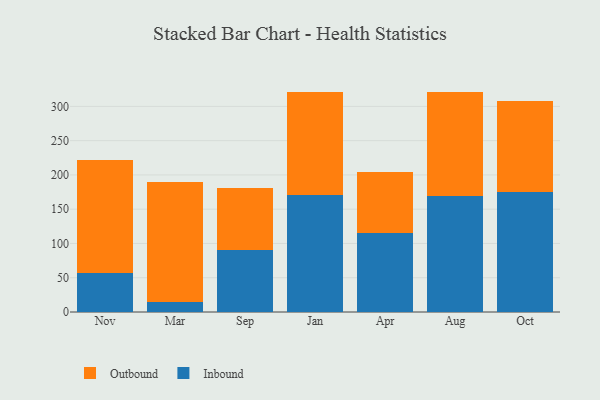
{"axis": {"x": "Month", "y": "Market Share (%)"}, "legend": ["Inbound", "Outbound"], "data": [{"x": "Nov", "y": 57.2, "type": "Inbound"}, {"x": "Nov", "y": 164.7, "type": "Outbound"}, {"x": "Mar", "y": 14.0, "type": "Inbound"}, {"x": "Mar", "y": 176.0, "type": "Outbound"}, {"x": "Sep", "y": 90.8, "type": "Inbound"}, {"x": "Sep", "y": 89.5, "type": "Outbound"}, {"x": "Jan", "y": 171.2, "type": "Inbound"}, {"x": "Jan", "y": 150.1, "type": "Outbound"}, {"x": "Apr", "y": 115.9, "type": "Inbound"}, {"x": "Apr", "y": 87.7, "type": "Outbound"}, {"x": "Aug", "y": 169.1, "type": "Inbound"}, {"x": "Aug", "y": 152.5, "type": "Outbound"}, {"x": "Oct", "y": 175.4, "type": "Inbound"}, {"x": "Oct", "y": 132.0, "type": "Outbound"}]}